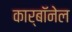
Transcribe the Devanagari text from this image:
कार्बाॅनेल